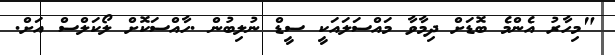
"މިހާރު އެންމެ ބޮޑަށް ދިމާވާ މައްސަލައަކީ ސީޑް ނުލިބުން .ހާއްސަކޮށް ލޯކަލްސް އަށް.